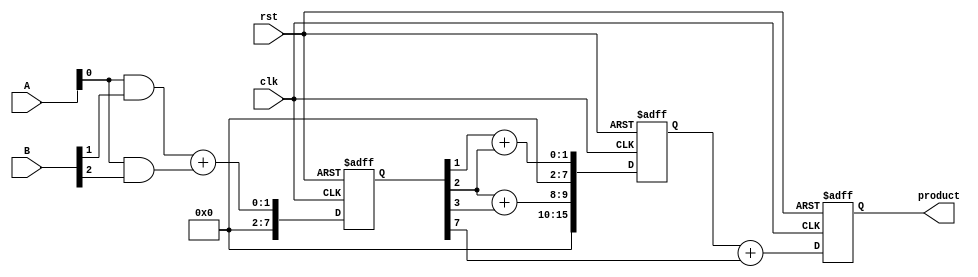
module PipelinedWallaceTreeMultiplier #(parameter N = 8) (
    input clk,
    input rst,
    input [N-1:0] A,
    input [N-1:0] B,
    output reg [2*N-1:0] product
);
    // Internal signals
    wire [N-1:0] partial_products[N-1:0];
    wire [N-1:0] sum_stage1[N-1:0];
    wire [N-1:0] carry_stage1[N-1:0];
    wire [N-1:0] sum_stage2[N-1:0];
    wire [N-1:0] carry_stage2[N-1:0];
    reg [2*N-1:0] stage1_reg, stage2_reg;

    // Generate partial products
    genvar i, j;
    generate
        for (i = 0; i < N; i = i + 1) begin : gen_partial_products
            assign partial_products[i] = A & {N{B[i]}};
        end
    endgenerate

    // Wallace tree reduction stage 1
    generate
        for (i = 0; i < N; i = i + 1) begin : stage1
            if (i < N-1) begin
                // Half adder for the first two bits
                assign {carry_stage1[i], sum_stage1[i]} = partial_products[i][0] + partial_products[i+1][0];
            end else begin
                assign sum_stage1[i] = partial_products[i][0];
                assign carry_stage1[i] = 1'b0;
            end
        end
    endgenerate

    // Register stage 1 output
    always @(posedge clk or posedge rst) begin
        if (rst) begin
            stage1_reg <= 0;
        end else begin
            stage1_reg <= {carry_stage1[N-1], sum_stage1[N-1], sum_stage1[N-2], sum_stage1[N-3], sum_stage1[N-4], sum_stage1[N-5], sum_stage1[N-6], sum_stage1[N-7]};
        end
    end

    // Wallace tree reduction stage 2
    generate
        for (i = 0; i < N; i = i + 1) begin : stage2
            if (i < N-1) begin
                // Half adder for the first two bits
                assign {carry_stage2[i], sum_stage2[i]} = stage1_reg[i] + stage1_reg[i+1];
            end else begin
                assign sum_stage2[i] = stage1_reg[i];
                assign carry_stage2[i] = 1'b0;
            end
        end
    endgenerate

    // Register stage 2 output
    always @(posedge clk or posedge rst) begin
        if (rst) begin
            stage2_reg <= 0;
        end else begin
            stage2_reg <= {carry_stage2[N-1], sum_stage2[N-1], sum_stage2[N-2], sum_stage2[N-3], sum_stage2[N-4], sum_stage2[N-5], sum_stage2[N-6], sum_stage2[N-7]};
        end
    end

    // Final product calculation
    always @(posedge clk or posedge rst) begin
        if (rst) begin
            product <= 0;
        end else begin
            product <= stage2_reg + {carry_stage2[N-1], sum_stage2[N-1]};
        end
    end

endmodule